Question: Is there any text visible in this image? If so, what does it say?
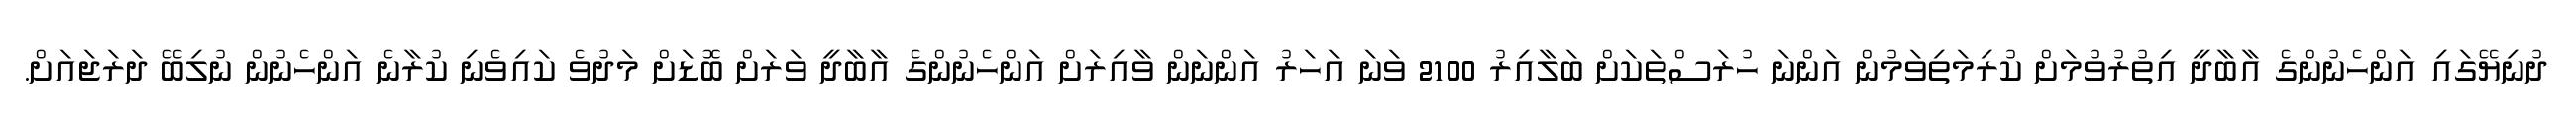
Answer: ދުނިޔޭގައި އަންހެނުންގެ އާބާދީ އިތުރުވުމަށް ކުރިމަތިވަމުން އަންނަ ހުރަސްތަކަށް ބަލާއިރު 2100 ވަނަ އަހަރު އަންނަން ވާއިރަށް އަންހެނުންގެ އާބާދީ ވަރަށް ބޮޑަށް މަދުވެ ކައިވެނި ކުރާނެ އަންހެނުން ނުލިބޭ ދަރަޖައަށް.